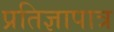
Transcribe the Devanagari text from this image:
प्रतिज्ञापात्र